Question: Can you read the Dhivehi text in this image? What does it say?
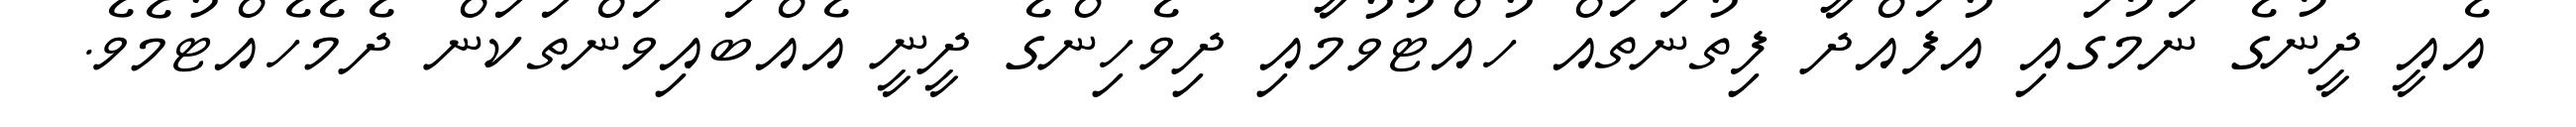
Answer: އެއީ ދީނުގެ ނަމުގައި އުފައްދާ ފިތުނަތައް ހުއްޓުވުމާއި ދިވެހިންގެ ދީނީ އެއްބައިވަންތަކަން ދެމެހެއްޓުމެވެ.